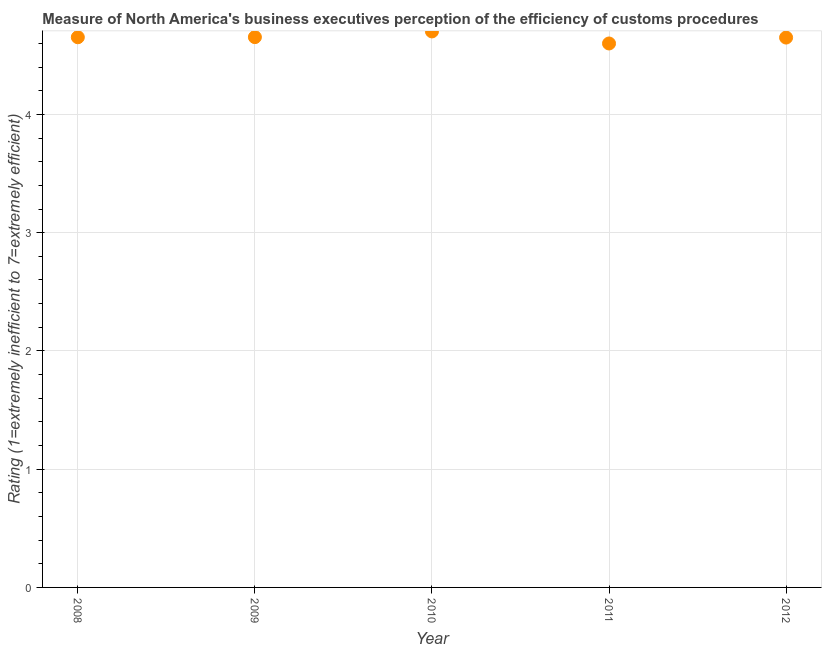
| Year | Burden of customs procedure |
 | --- | --- |
 | 2008 | 4.65 |
 | 2009 | 4.65 |
 | 2010 | 4.7 |
 | 2011 | 4.6 |
 | 2012 | 4.65 |